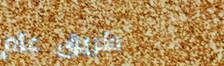
طريق عام